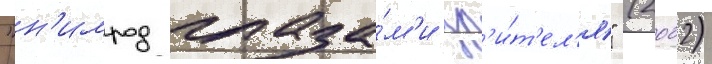
"н'имрод глаза́м'и зр'и́т'ел'я" (2002)